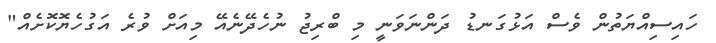
ހައިސިއްޔަތުން ވެސް އަޅުގަނޑު ދަންނަވަނީ މި ބްރިޖު ނުހެދޭނެއޭ މިއަށް ވުރެ އަގުހެޔޮކޮށެއް"